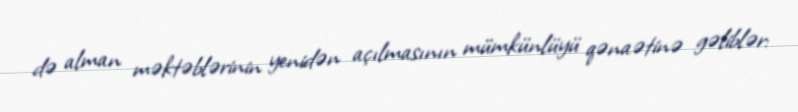
də alman məktəblərinin yenidən açılmasının mümkünlüyü qənaətinə gəliblər: